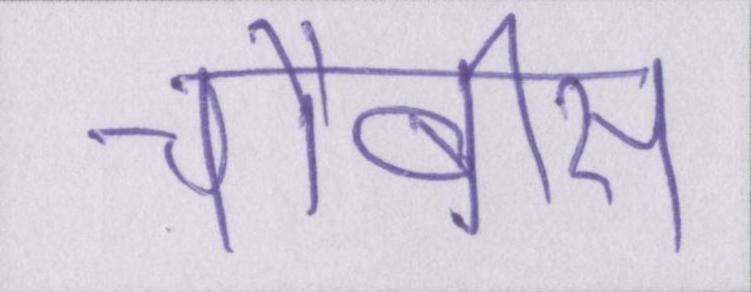
चौबीस